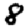
Digit: 8